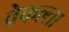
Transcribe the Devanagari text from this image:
वेफल्ता